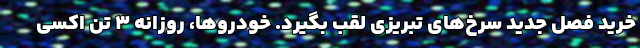
خرید فصل جدید سرخ‌های تبریزی لقب بگیرد. خودروها، روزانه ۳ تن اکسی